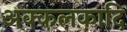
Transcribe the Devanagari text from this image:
अक्कलकादि